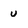
Character: u